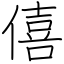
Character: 僖